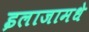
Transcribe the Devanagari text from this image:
इलाजामधे